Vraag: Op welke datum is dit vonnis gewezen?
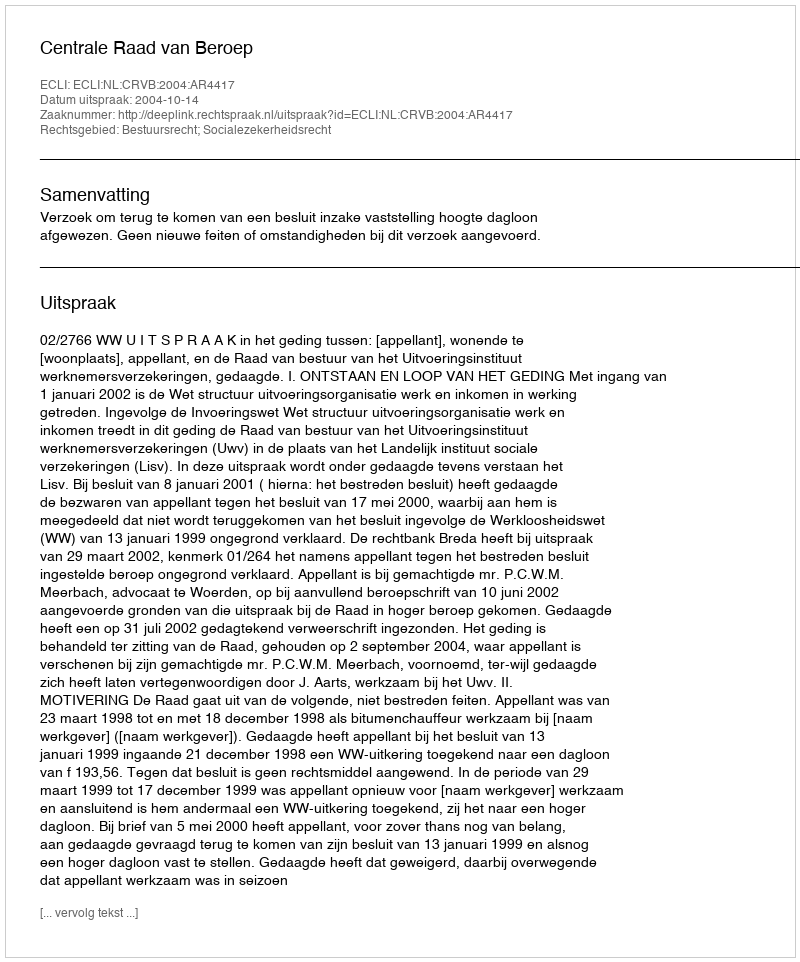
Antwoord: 2004-10-14